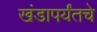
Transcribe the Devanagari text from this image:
खंडापर्यंतचे